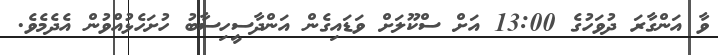
ވާ އަންގާރަ ދުވަހުގެ 13:00 އަށް ސްކޫލަށް ވަޑައިގެން އަންދާސީހިސާބު ހުށަހެޅުއްވުން އެދެމެވެ.